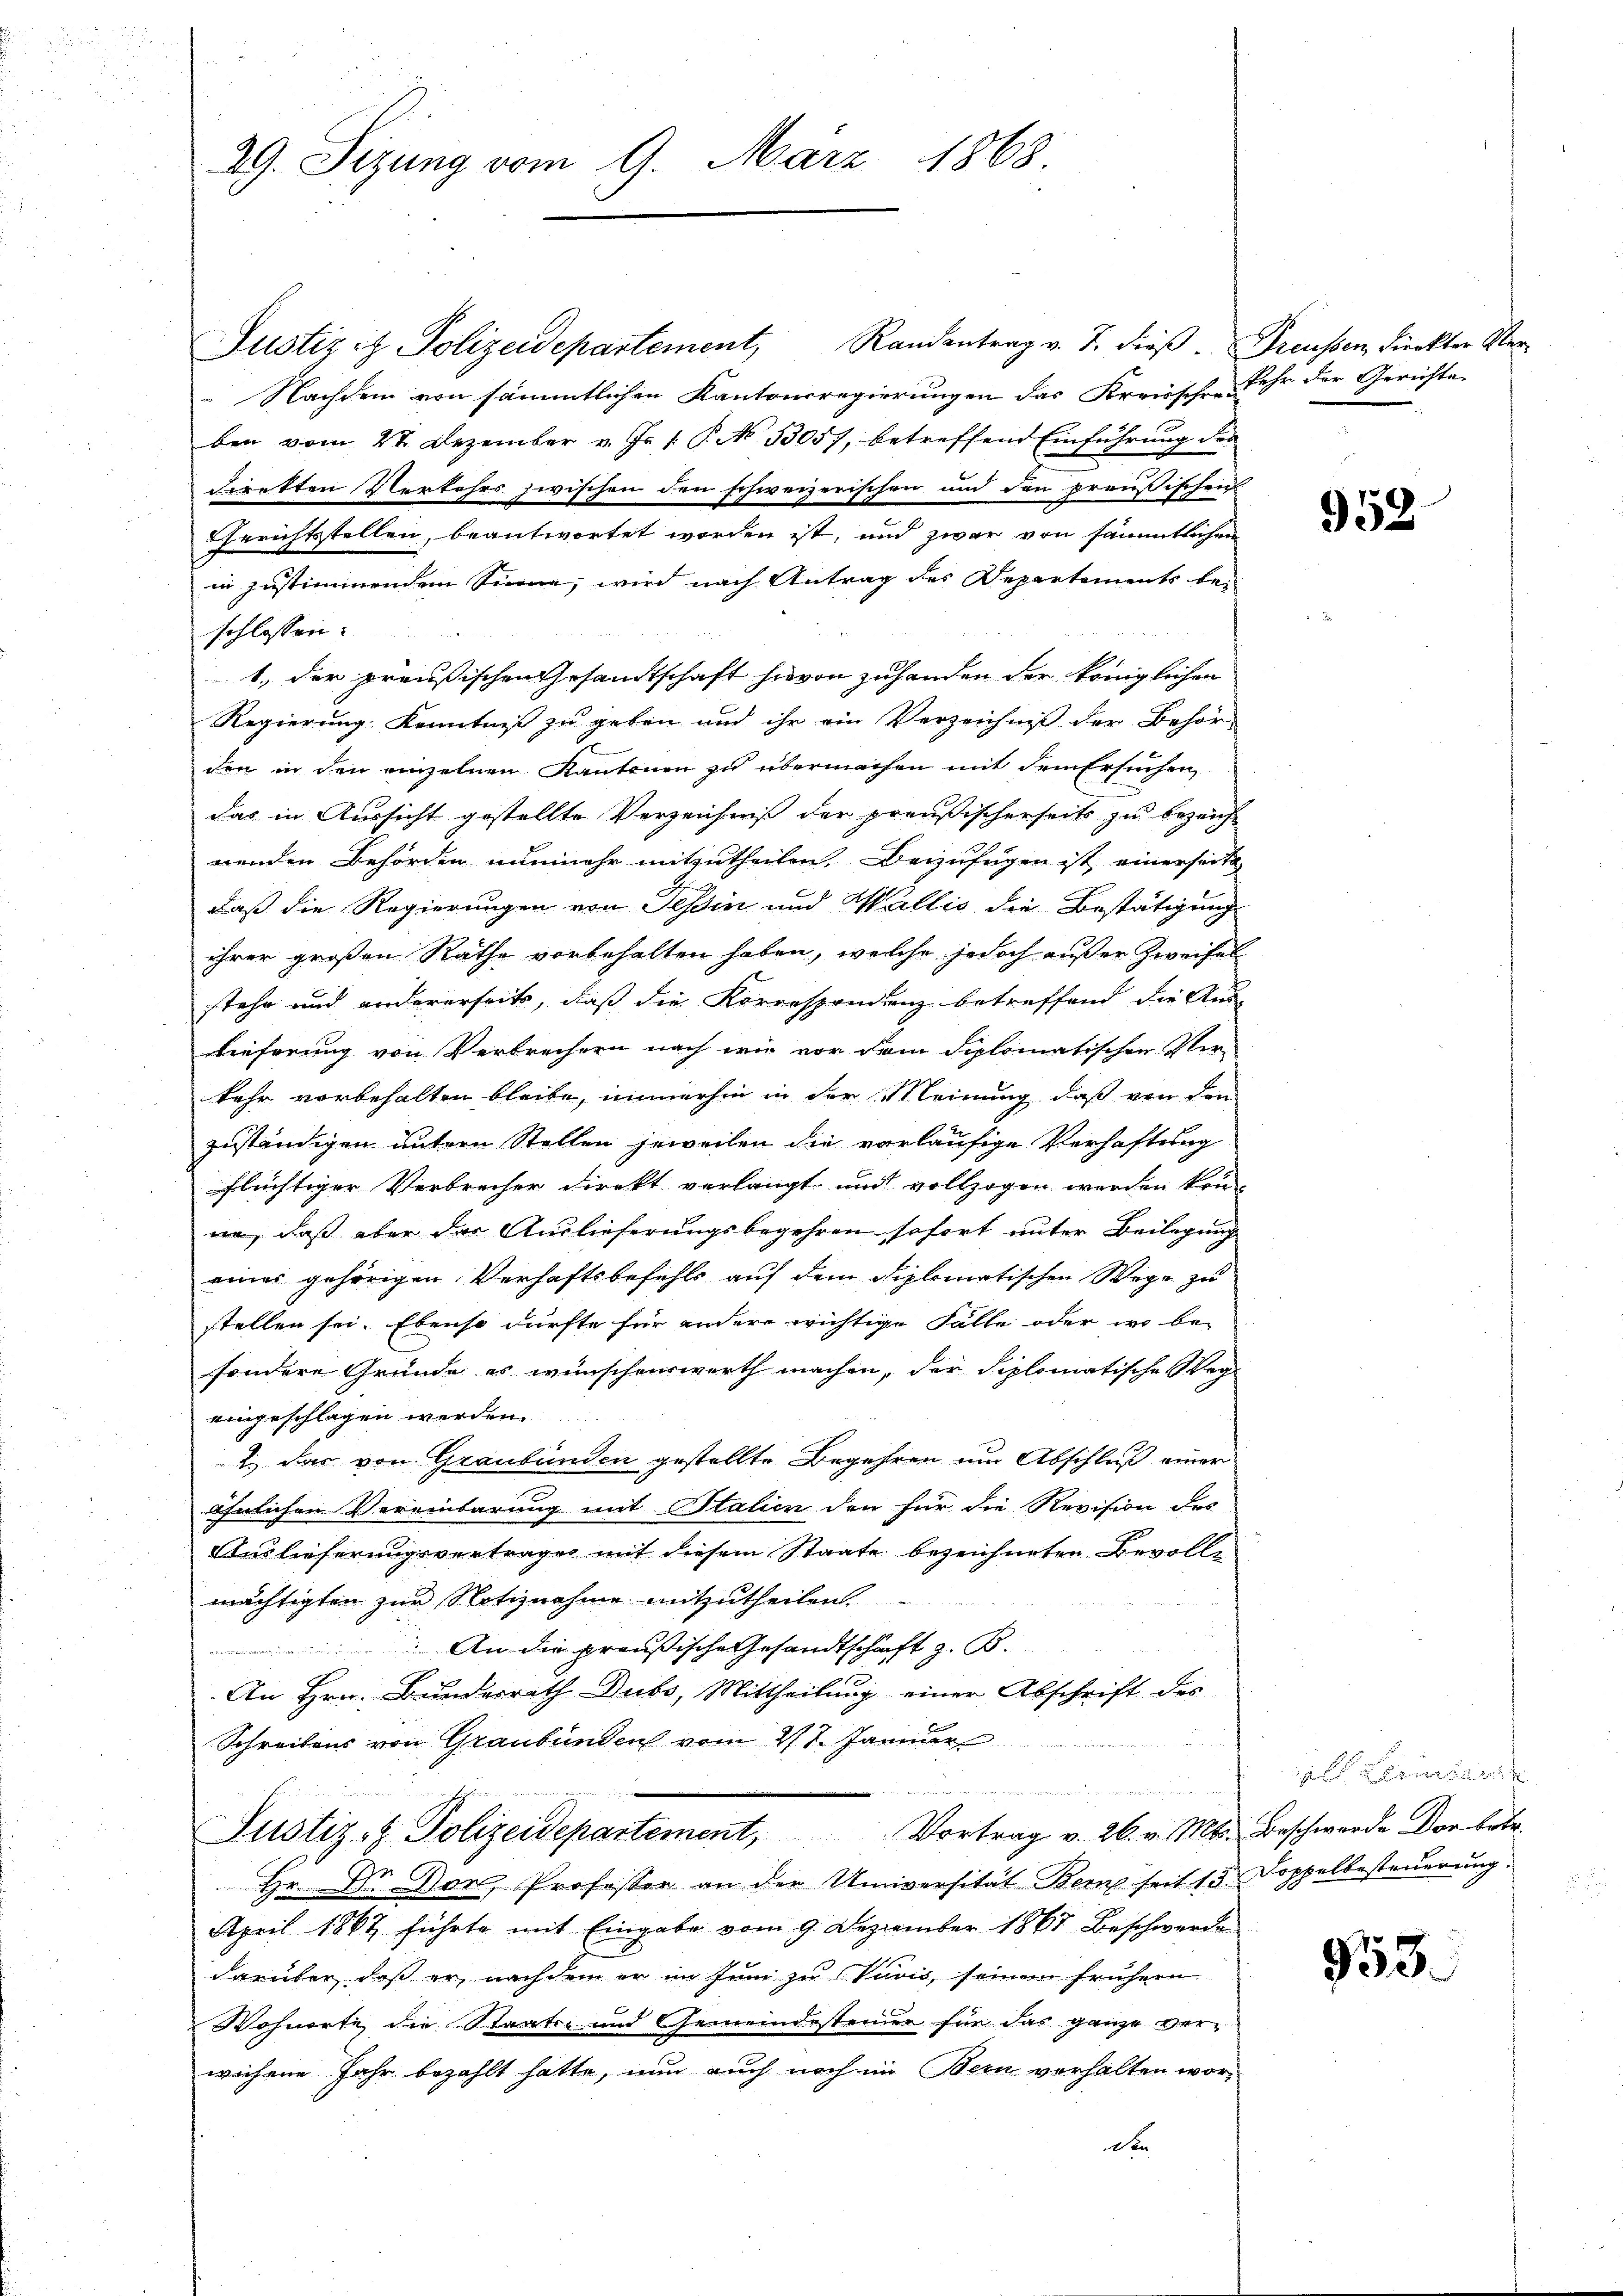
29. Sizung vom 9. März 1868.

Justiz & Polizeidepartement, Randantrag v. J. dieß. Freussen, dieckter Ver¬
 Nachdem von sämmtlichen Kantonsregierungen das Kreisschen Lehr der Gerichte
ben vom 28. Dezember v. Js. 1. P. N. 33057, betreffend Einführung der
direkten Verkehrs zwischen den schweizerischen und den preußischen
GGerichtsstellen, beantwortet worden ist, und zwar von sämmtlichen
in Instimmenden Sinne, wird nach Antrag des Departements be-
schlossen:
1. der preußischen Gesandtschaft hievon zuhanden der königlichen
Regierung Kenntniß zu geben und ihr ein Verzeichniß der Behör-
den in den einzelnen Kantonen zu übermachen mit dem Ersuchen,
das in Aussicht gestellte Verzeichniß der preußischerseits zu bezeich-
nenden Behörden nunmehr mitzutheilen. Beizufügen ist, einerseit
daß die Regierungen von Tessin und Wallis die Bestätigung
ihrer großen Rathe vorbehalten haben, welche jedoch außer Zweifel
stehe und andererseits, daß die Korrespondenz betreffend die Aus-
lieferung von Verbrechern nach wie vor dem diplomatischen Verkehr vorbehalten bleibe, immerhin in der Meinung daß von den
zuständigen untern Stellen jeweilen die vorläufige Verhaftung
flüchtiger Verbrecher direkt verlangt und vollzogen werden kön
ne, daß aber der Auslieferungsbegehren sofort unter Beilegung
eines gehörigen Verhaftsbefehls auf dem diplomatischen Wege zu
stellen sei. Ebenso dürfte für andere wichtige Fälle oder wo be-
sondere Gründe es wünschenswerth machen, der diplomatische Weg
eingeschlagen werden.
2 das von Graubünden gestellte Begehren um Abschluß einer
ähnlichen Vereinbarung mit Italien der für die Revision des
Auslieferungsvertrages mit diesem Staate bezeichneten Bevolle
mächtigten zur Notiznahme mitzutheilen.
An die preußische Gesandtschaft z. B.
An Hrn. Bundesrath Dubs, Mittheilung einer Abschrift des
Schreibens von Graubünden vom 27. Januar
Justiz- & Polizeidepartement, Vortrag v. 26. v. Mts. Beschwerde Dor betr.
Hr. Dr. Von, Professor an der Universität Bern seit 15 Doppelbesteuerung.
April 1862 führte mit Eingabe vom 9. Dezember 1867 Beschwerde
darüber, daß er, nachdem er im Juni zu Vuvis, seinem frühern
Wohnorte die Staats- und Gemeindesteiner für das ganze ver-
wichene Jahr bezahlt hatte, nun auch noch im Bern verhalten wor¬

952

al Bereinbar

953.